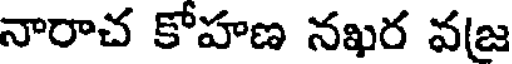
నారాచ కోహణ నఖర వజ